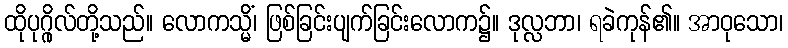
ထိုပုဂ္ဂိုလ်တို့သည်။ လောကသ္မိံ၊ ဖြစ်ခြင်းပျက်ခြင်းလောက၌။ ဒုလ္လဘာ၊ ရခဲကုန်၏။ အာဝုသော၊